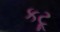
કટૂ